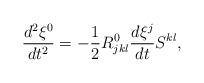
LaTeX: \begin{align*}\frac{d^{2}\xi^{0}}{dt^{2}}=-\frac{1}{2}R_{jkl}^{0}\frac{d\xi^{j}}{dt}S^{kl},\end{align*}